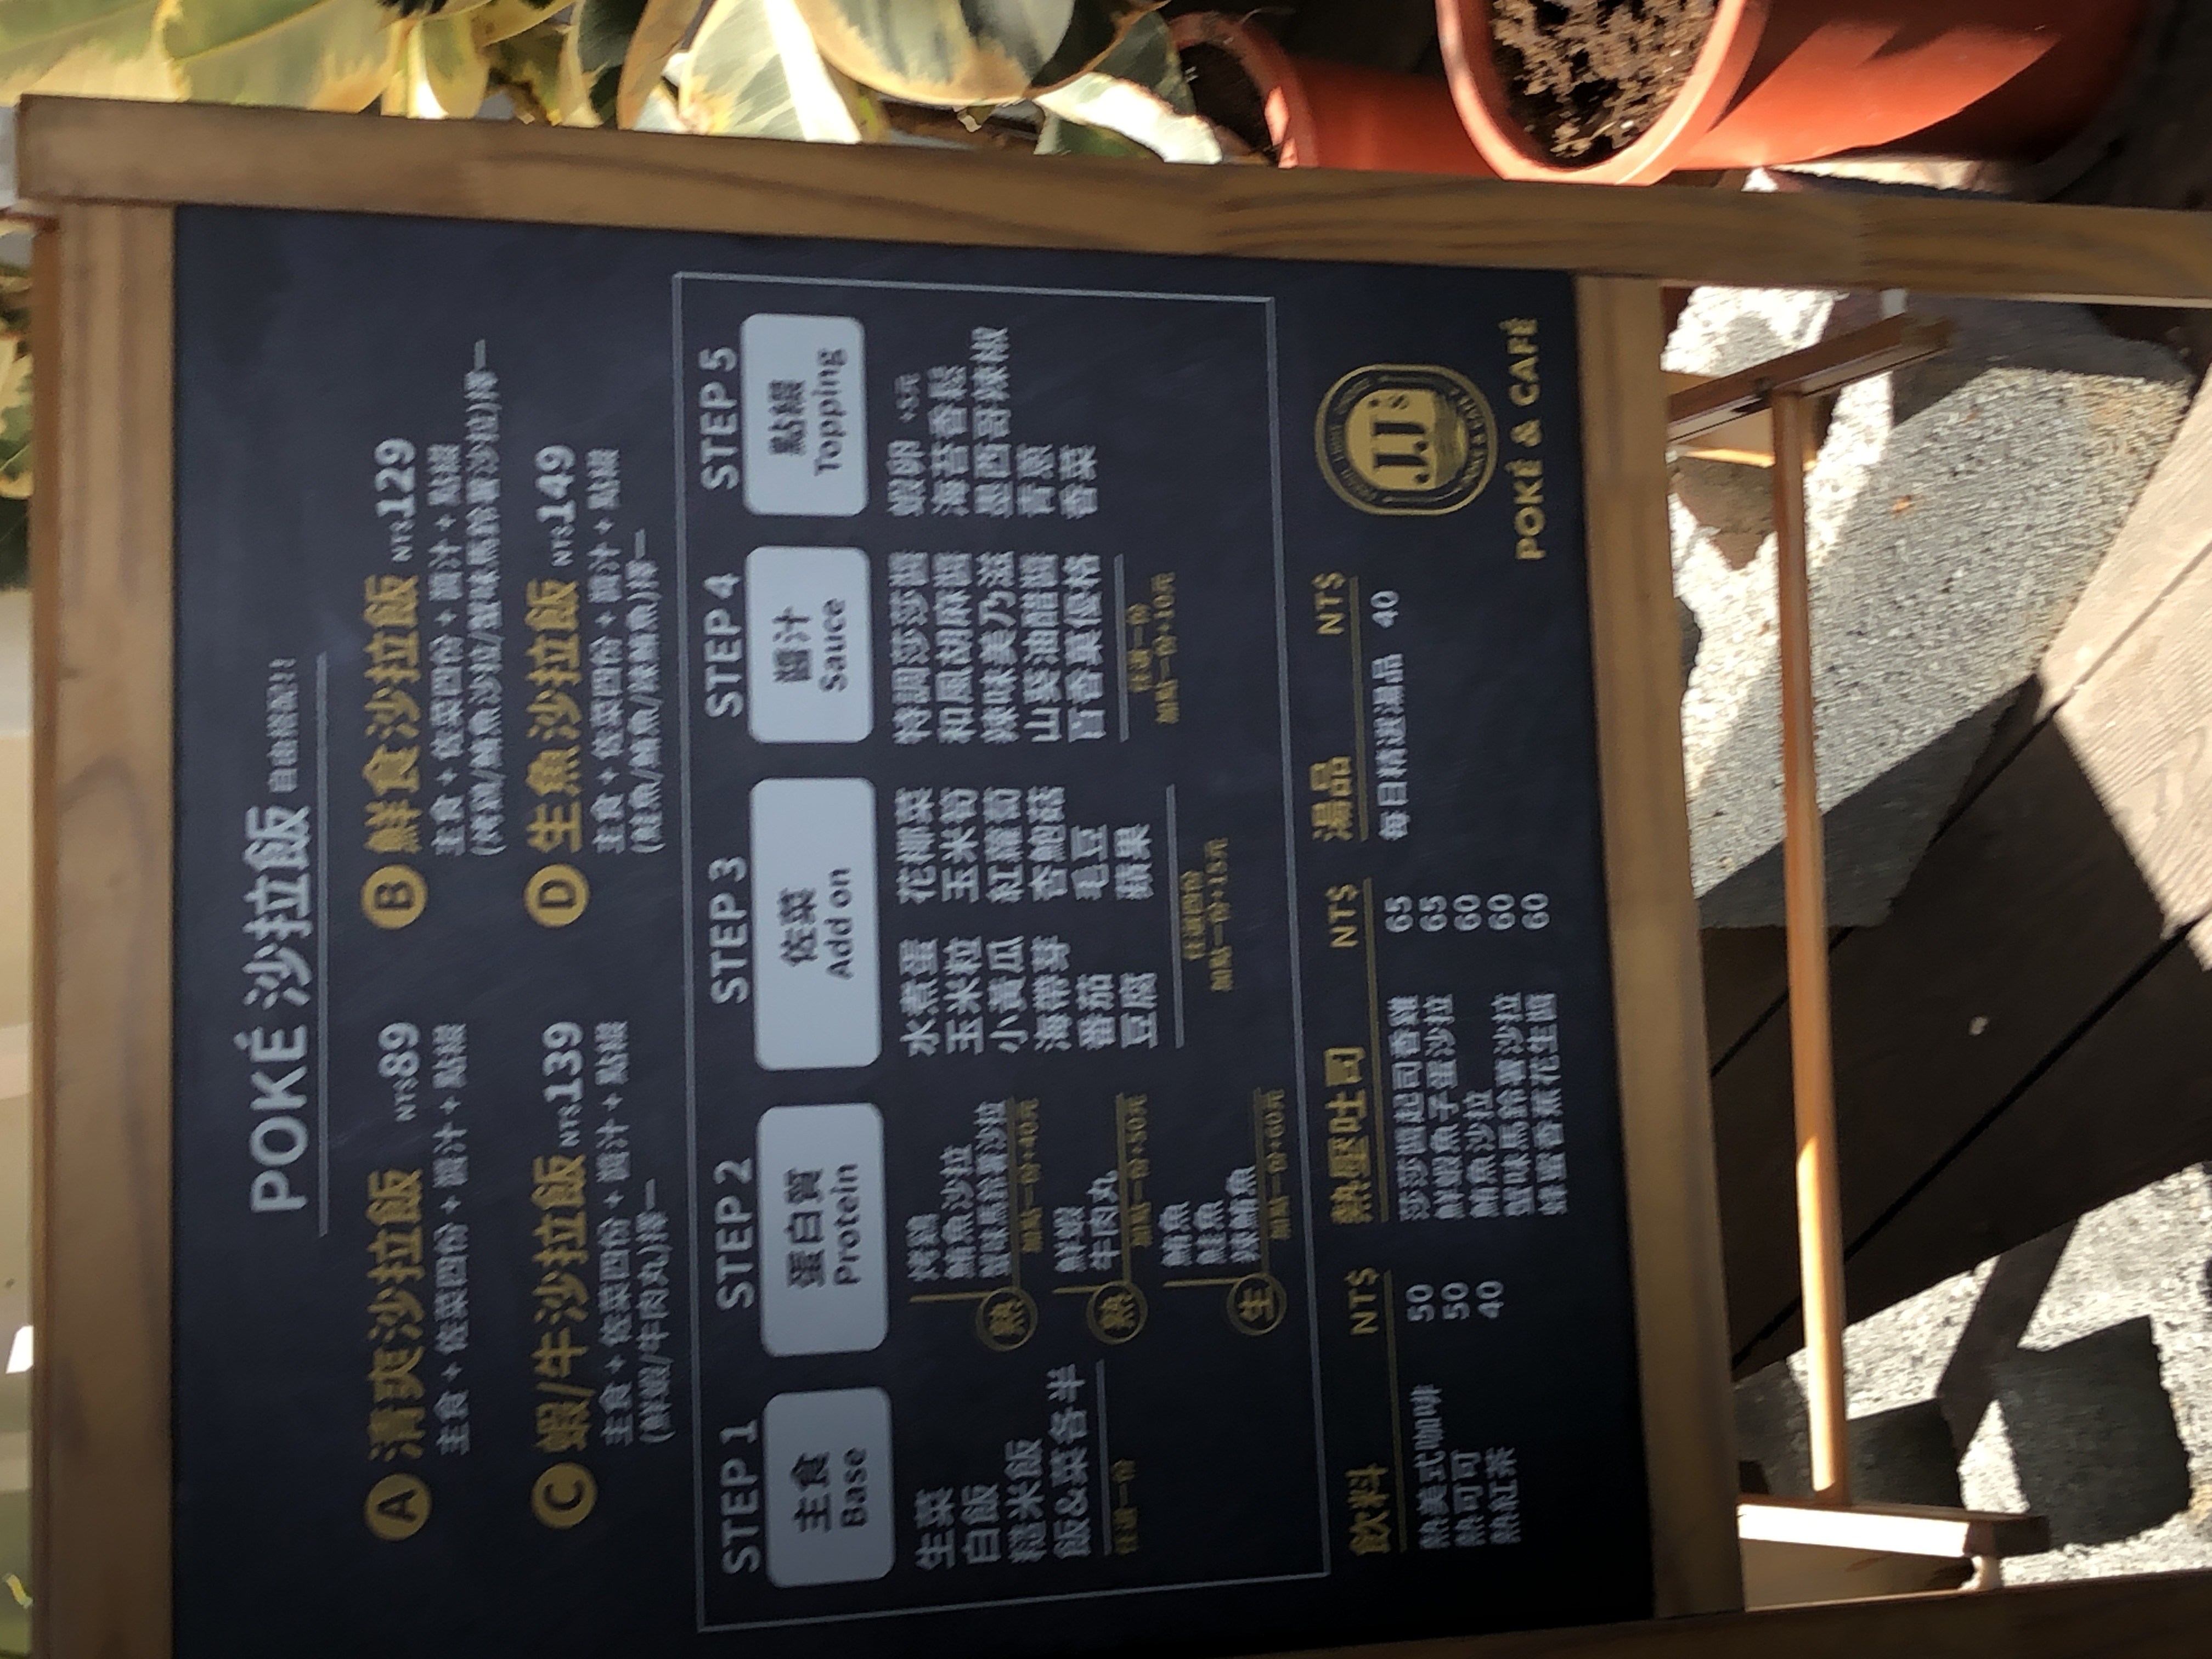
餐廳：JJ's POKE & CAFÉ
菜單：
name: 清爽沙拉飯
price: 89
name: 鮮食沙拉飯
price: 129
name: 蝦/牛沙拉飯
price: 139
name: 生魚沙拉飯
price: 149
name: 莎莎醬章魚 (熱壓吐司)
price: 65
name: 鮪魚沙拉 (熱壓吐司)
price: 65
name: 羅勒雞肉 (熱壓吐司)
price: 60
name: 辣味馬鈴薯 (熱壓吐司)
price: 60
name: 花生堅果 (熱壓吐司)
price: 60
name: 每日精選湯品
price: 40
name: 熱美式咖啡
price: 50
name: 熱可可
price: 50
name: 熱紅茶
price: 40